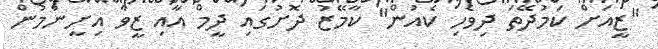
"ޒީއަށް ކަމުދޭތަ ދިވެހި ކެއުން" ކާމޭޒު ދޮށުގައި ދީމް އާއި ޒީވާ އިށީނުމުން